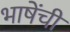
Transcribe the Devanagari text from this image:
भाषेंची